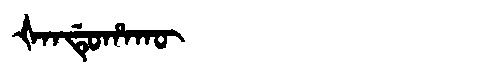
Manchu: ᡧᠠᠨᡩᡠᡥᠠᡴᡡ
Romanization: ŠANDUHAKŪ